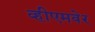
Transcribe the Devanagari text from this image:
व्हीएमवेर